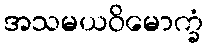
အသမယဝိမောက္ခံ